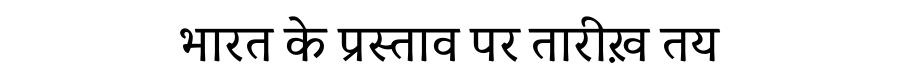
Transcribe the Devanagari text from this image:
भारत के प्रस्ताव पर तारीख़ तय